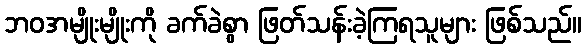
ဘဝအမျိုးမျိုးကို ခက်ခဲစွာ ဖြတ်သန်းခဲ့ကြရသူများ ဖြစ်သည်။